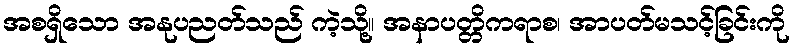
အစရှိသော အနုပညတ်သည် ကဲ့သို့။ အနာပတ္တိကရာစ၊ အာပတ်မသင့်ခြင်းကို